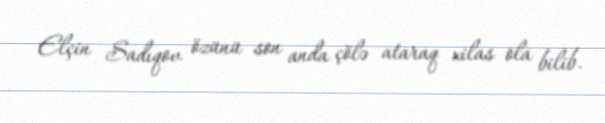
Elçin Sadıqov özünü son anda çölə ataraq xilas ola bilib.